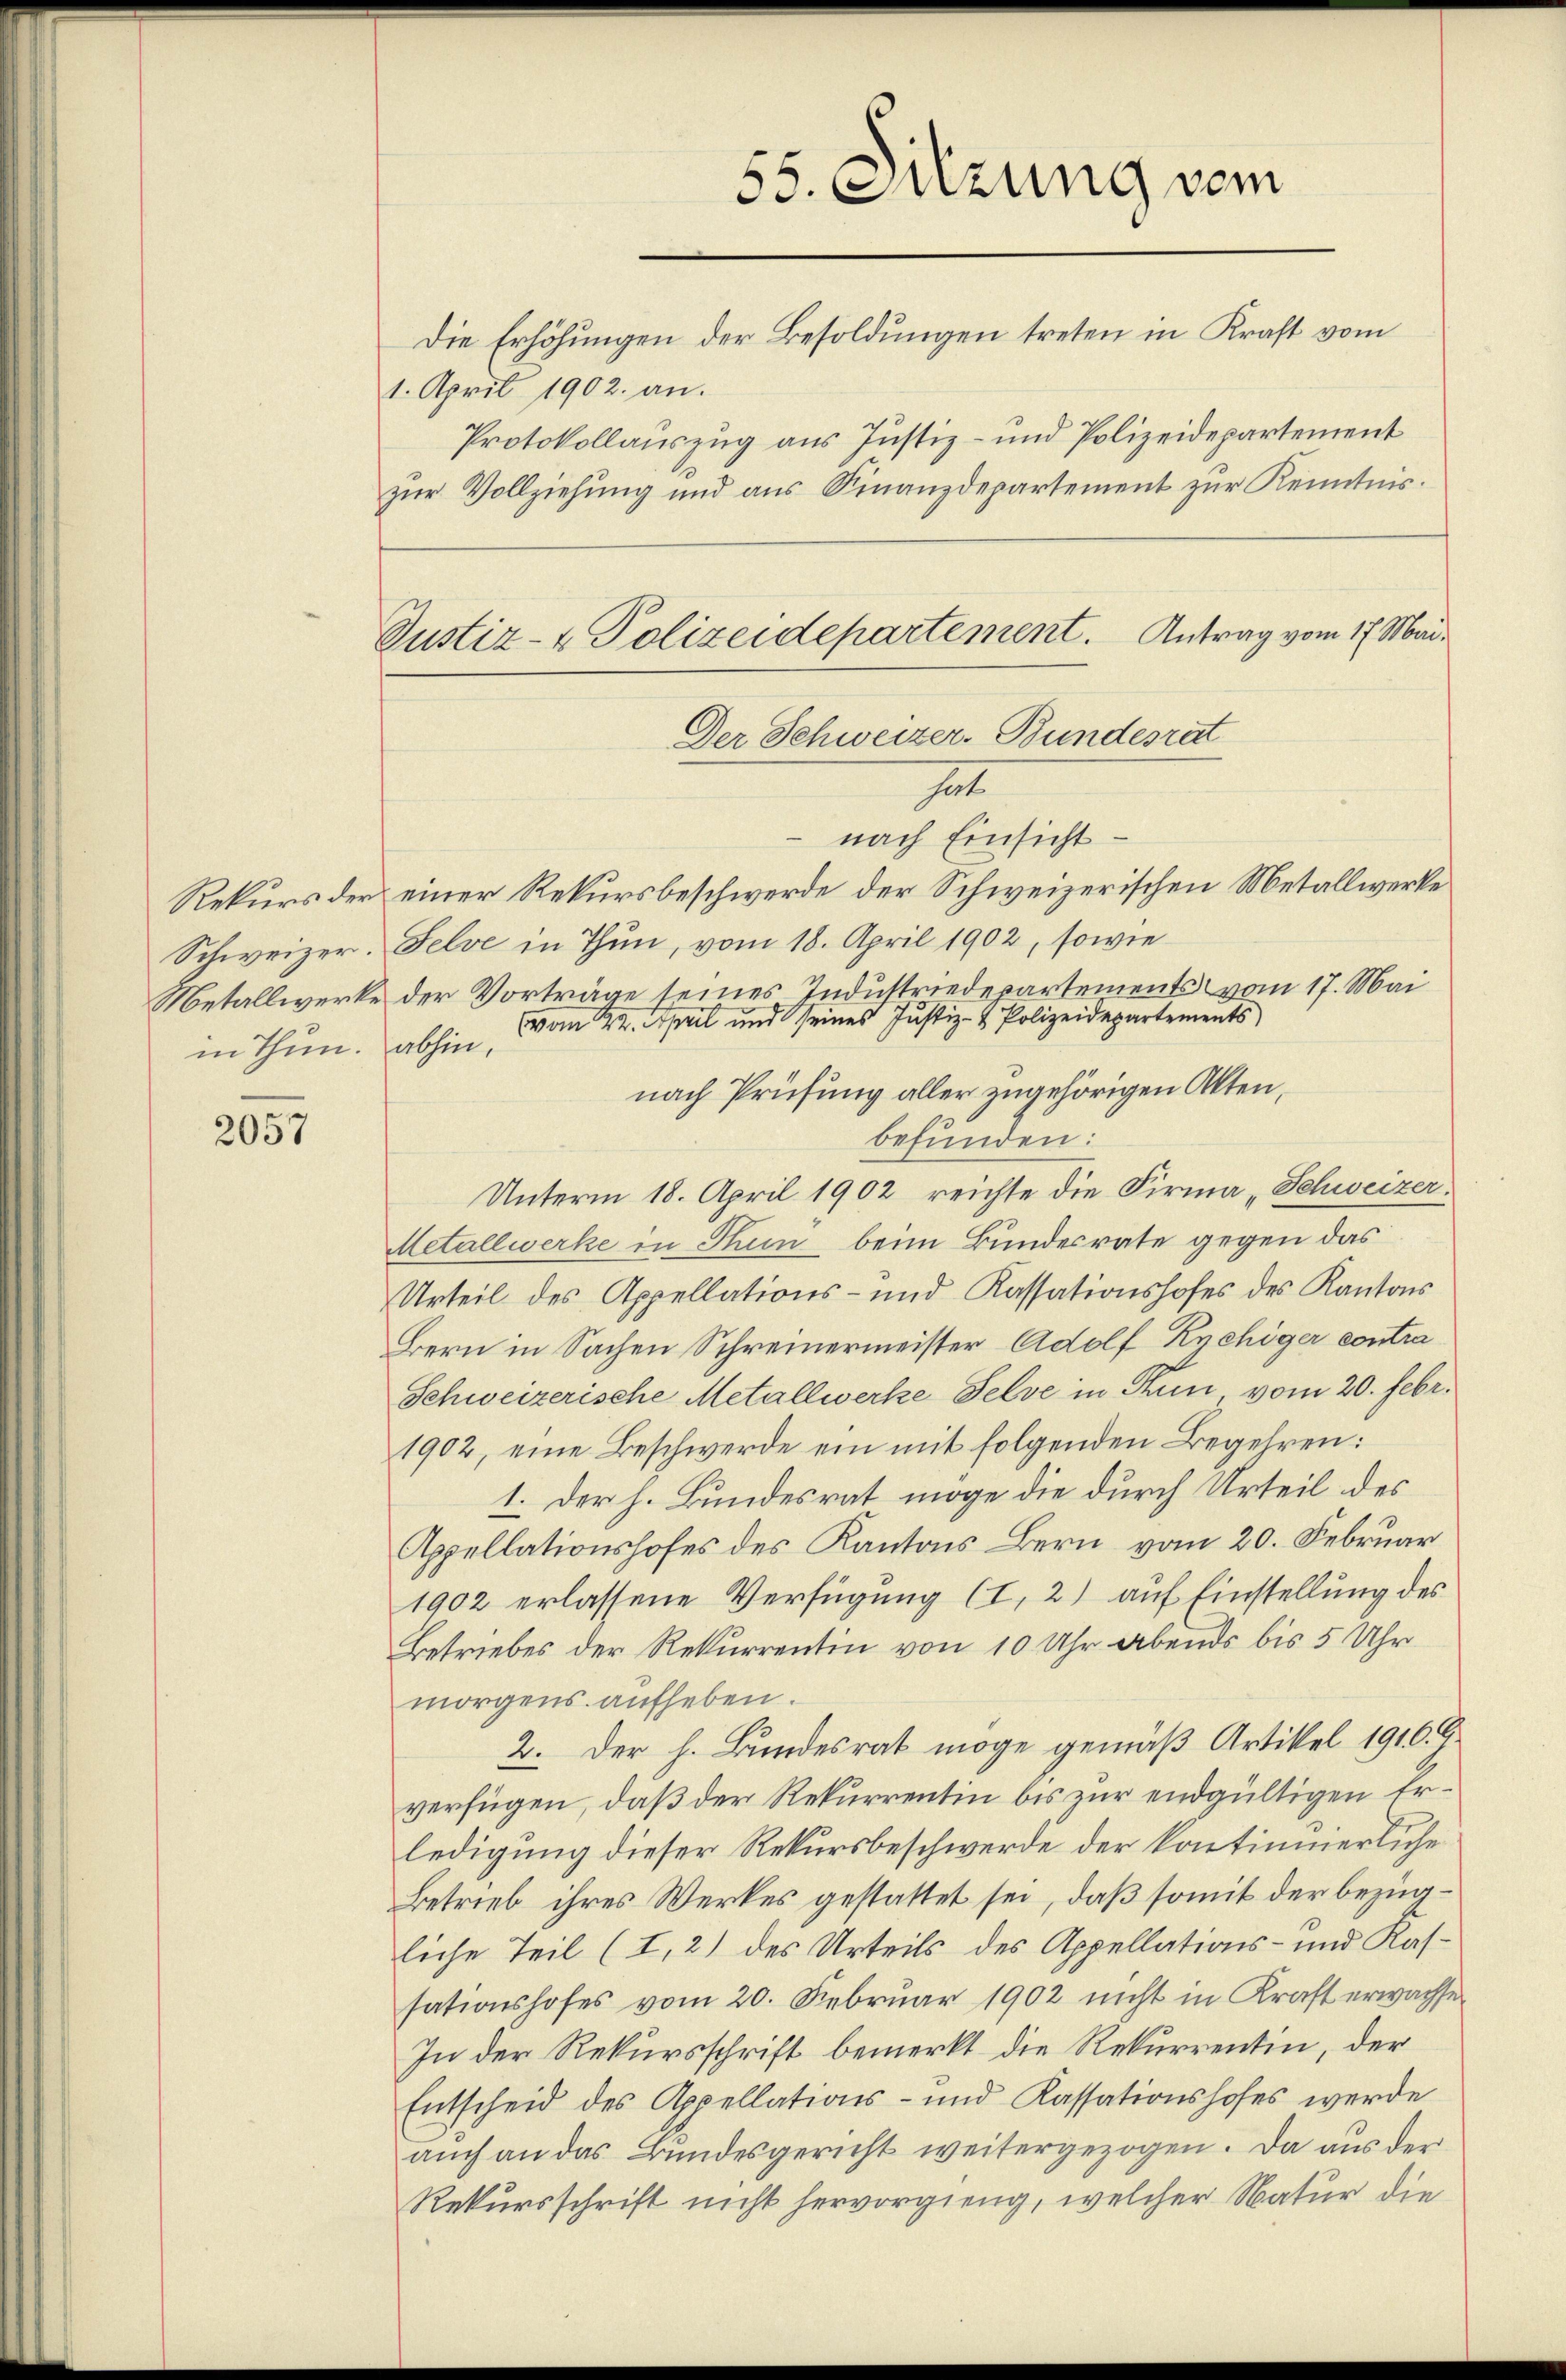
55. Suzung vom
Die Erhöhungen der Besoldungen treten in Kraft vom
Protokollauszug aus Justiz- und Polizeidepartement
zur Vollziehung und aus Finanzdepartement zur Kenntnis.

1. April 1902. an.

Justiz- & Polizeidepartement. Antrag vom 17. Mai.
Der Schweizer-Bundesrat
t

nach Einsicht
Rekurs der einer Rekursbeschwerde der Schweizerischen Metallwerke
Schweizer. Felve in Thun, vom 18. April 1902, sowie
Metallwerke der Vorträge seines Industriedepartements vom 17. Mai
vom 22. April und seines Justiz- & Polizeidepartements
nach Prüfung aller zugehörigen Akten,
befunden:
Unterm 18. April 1902 reichte die Firma „Schweizer.
Metallwerke in Stui beim Bundesrate gegen das
Urteil des Appellations- und Kassationshofes des Kantons
Bern in Sachen Schreinermeister Adolf Kychiger contra
Schweizerische Metallwerke Felve in Thun vom 20. Febr.
1902, eine Beschwerde ein mit folgenden Begehren:
1. Der h. Bundesrat möge die durch Urteil des
Appellationshofes des Kantons Bern vom 20. Februar
1902 erlassene Verfügung (I, 2) auf Einstellung des
Betriebes der Rekurrentin von 10 Uhr abends bis 5 Uhr
morgens aufheben.
2. Der h. Bundesrat möge gemäß Artikel 1910. G.
verfügen, daß der Rekurrentin bis zur endgültigen Erledigung dieser Rekursbeschwerde der kontinuierliche
Betrieb ihres Werkes gestattet sei, daß somit der bezügliche Teil (I,2) des Urteils des Appellations- und Kassationshofes vom 20. Februar 1902 nicht in Kraft erwachsen
In der Rekursschrift bemerkt die Rekurrentin, der
Entscheid des Appellations- und Kassationshofes werde
auch an das Bundesgericht weitergezogen. Da aus der
Rekursschrift nicht hervorgieng, welcher Natur die

in Thun. abhin,

2057